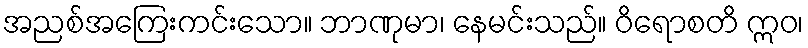
အညစ်အကြေးကင်းသော။ ဘာဏုမာ၊ နေမင်းသည်။ ဝိရောစတိ ဣဝ၊